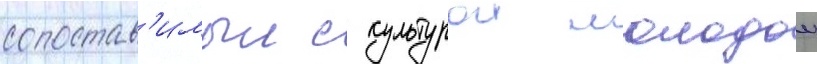
сопостав'имыи с культурои молодои